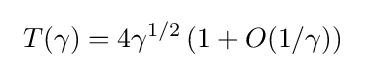
~T(\gamma )=4\gamma ^{1/2}\left(1+O(1/\gamma )\right)~